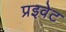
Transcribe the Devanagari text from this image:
प्रइवेट